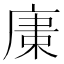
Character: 𢉫